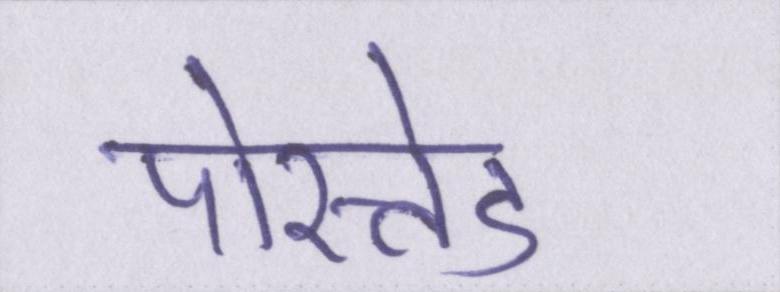
पोस्तेड